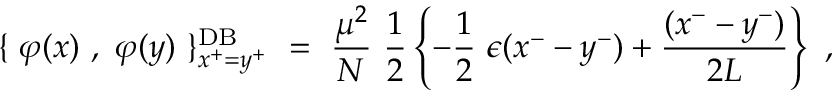
\{ ~ \varphi ( x ) ~ , ~ \varphi ( y ) ~ \} _ { x ^ { + } = y ^ { + } } ^ { \mathrm { D B } } ~ = ~ \frac { \mu ^ { 2 } } { N } ~ \frac { 1 } { 2 } \left\{ - \frac { 1 } { 2 } ~ \epsilon ( x ^ { - } - y ^ { - } ) + \frac { ( x ^ { - } - y ^ { - } ) } { 2 L } \right\} ~ ,